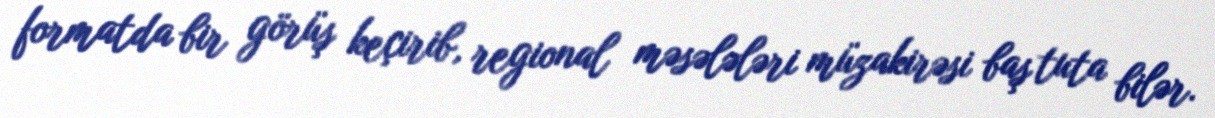
formatda bir görüş keçirib, regional məsələləri müzakirəsi baş tuta bilər.